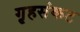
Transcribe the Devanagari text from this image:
गृहसंकट